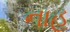
નાહ